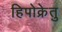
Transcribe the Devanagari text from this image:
हिपोक्रेतु